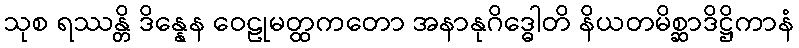
သုစ ရဿန္တိ ဒိန္နေန ဝေဠုမတ္ထကတော အနာနုဂိဒ္ဓေါတိ နိယတမိစ္ဆာဒိဋ္ဌိကာနံ